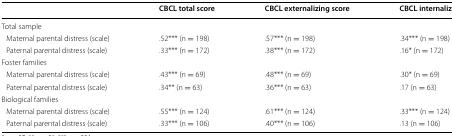
|  | CBCL total score | CBCL externalizing score | CBCL internalizing score |
 | --- | --- | --- | --- |
 | <COLSPAN=4> Total sample |
 | Maternal parental distress (scale) | .52*** (n = 198) | .57*** (n = 198) | .34*** (n = 198) |
 | Paternal parental distress (scale) | .33*** (n = 172) | .38*** (n = 172) | .16* (n = 172) |
 | <COLSPAN=4> Foster families |
 | Maternal parental distress (scale) | .43*** (n = 69) | .48*** (n = 69) | .30* (n = 69) |
 | Paternal parental distress (scale) | .34** (n = 63) | .36*** (n = 63) | .17 (n = 63) |
 | <COLSPAN=4> Biological families |
 | Maternal parental distress (scale) | .55*** (n = 124) | .61*** (n = 124) | .33*** (n = 124) |
 | Paternal parental distress (scale) | .33*** (n = 106) | .40*** (n = 106) | .13 (n = 106) |